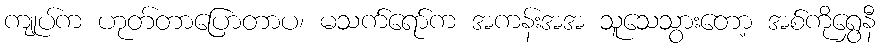
ကျုပ်က ဟုတ်တာပြောတာပ၊ မသက်ရော်က အကန်းအအ သူသေသွားတော့ အစ်ကိုရွှေနီ